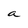
Character: a